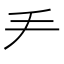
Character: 龵